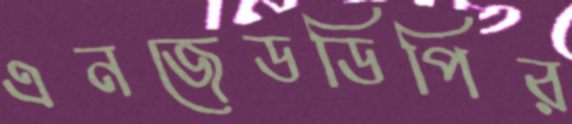
এনজেডডিপির